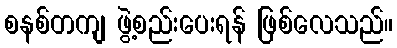
စနစ်တကျ ဖွဲ့စည်းပေးရန် ဖြစ်လေသည်။